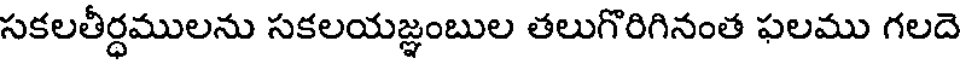
సకలతీర్ధములను సకలయజ్ఞంబుల తలుగొరిగినంత ఫలము గలదె